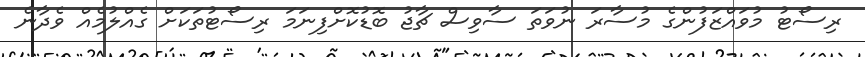
ރިސޯޓު މުވައްޒަފުންގެ މުސާރަ ނުވަތަ ސާވިސް ޗާޖު ބޮޑުކޮށްފިނަމަ ރިސޯޓުތަކަށް ގެއްލުމެއް ވެދާނެ